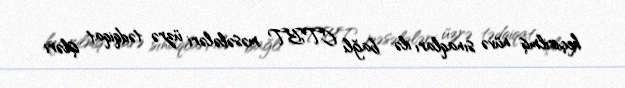
keçirilmiş nüvə sınaqları ilə bağlı CTBT məsələləri üzrə tədqiqat işləri